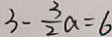
3 - \frac { 3 } { 2 } a = 6